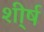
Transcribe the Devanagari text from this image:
शी्र्ष